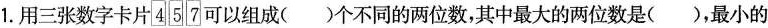
1.用三张数字卡片\boxed{4}\boxed{5}\boxed{7}可以组成( )个不同的两位数，其中最大的两位数是( )，最小的